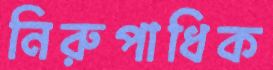
নিরুপাধিক